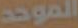
الموحد